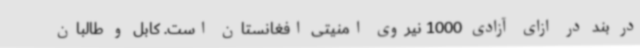
در بند در ازای آزادی 1000 نیروی امنیتی افغانستان است. کابل و طالبان